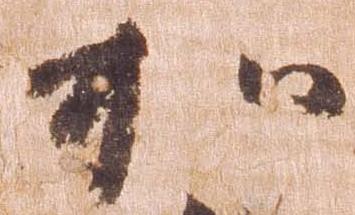
加